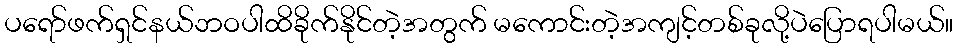
ပရော်ဖက်ရှင်နယ်ဘဝပါထိခိုက်နိုင်တဲ့အတွက် မကောင်းတဲ့အကျင့်တစ်ခုလို့ပဲပြောရပါမယ်။